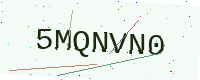
Text: 5MQNVN0